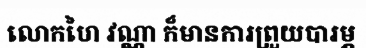
លោកហៃ វណ្ណា ក៏មានការព្រួយបារម្ភ